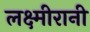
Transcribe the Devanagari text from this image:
लक्ष्मीरानी